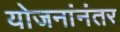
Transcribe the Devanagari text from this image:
योजनांनंतर